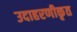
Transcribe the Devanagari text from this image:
उदाहरणीकृत